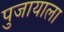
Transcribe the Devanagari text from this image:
पुजायाला